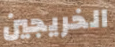
الخريجين